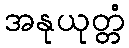
အနုယုတ္တံ